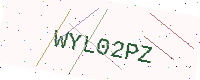
Text: WYL02PZ